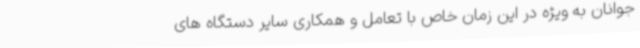
جوانان به ویژه در این زمان خاص با تعامل و همکاری سایر دستگاه های